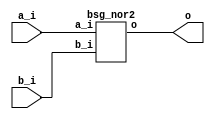


module top
(
  a_i,
  b_i,
  o
);

  input [31:0] a_i;
  input [31:0] b_i;
  output [31:0] o;

  bsg_nor2
  wrapper
  (
    .a_i(a_i),
    .b_i(b_i),
    .o(o)
  );


endmodule



module bsg_nor2
(
  a_i,
  b_i,
  o
);

  input [31:0] a_i;
  input [31:0] b_i;
  output [31:0] o;
  wire [31:0] o;
  wire N0,N1,N2,N3,N4,N5,N6,N7,N8,N9,N10,N11,N12,N13,N14,N15,N16,N17,N18,N19,N20,N21,
  N22,N23,N24,N25,N26,N27,N28,N29,N30,N31;
  assign o[31] = ~N0;
  assign N0 = a_i[31] | b_i[31];
  assign o[30] = ~N1;
  assign N1 = a_i[30] | b_i[30];
  assign o[29] = ~N2;
  assign N2 = a_i[29] | b_i[29];
  assign o[28] = ~N3;
  assign N3 = a_i[28] | b_i[28];
  assign o[27] = ~N4;
  assign N4 = a_i[27] | b_i[27];
  assign o[26] = ~N5;
  assign N5 = a_i[26] | b_i[26];
  assign o[25] = ~N6;
  assign N6 = a_i[25] | b_i[25];
  assign o[24] = ~N7;
  assign N7 = a_i[24] | b_i[24];
  assign o[23] = ~N8;
  assign N8 = a_i[23] | b_i[23];
  assign o[22] = ~N9;
  assign N9 = a_i[22] | b_i[22];
  assign o[21] = ~N10;
  assign N10 = a_i[21] | b_i[21];
  assign o[20] = ~N11;
  assign N11 = a_i[20] | b_i[20];
  assign o[19] = ~N12;
  assign N12 = a_i[19] | b_i[19];
  assign o[18] = ~N13;
  assign N13 = a_i[18] | b_i[18];
  assign o[17] = ~N14;
  assign N14 = a_i[17] | b_i[17];
  assign o[16] = ~N15;
  assign N15 = a_i[16] | b_i[16];
  assign o[15] = ~N16;
  assign N16 = a_i[15] | b_i[15];
  assign o[14] = ~N17;
  assign N17 = a_i[14] | b_i[14];
  assign o[13] = ~N18;
  assign N18 = a_i[13] | b_i[13];
  assign o[12] = ~N19;
  assign N19 = a_i[12] | b_i[12];
  assign o[11] = ~N20;
  assign N20 = a_i[11] | b_i[11];
  assign o[10] = ~N21;
  assign N21 = a_i[10] | b_i[10];
  assign o[9] = ~N22;
  assign N22 = a_i[9] | b_i[9];
  assign o[8] = ~N23;
  assign N23 = a_i[8] | b_i[8];
  assign o[7] = ~N24;
  assign N24 = a_i[7] | b_i[7];
  assign o[6] = ~N25;
  assign N25 = a_i[6] | b_i[6];
  assign o[5] = ~N26;
  assign N26 = a_i[5] | b_i[5];
  assign o[4] = ~N27;
  assign N27 = a_i[4] | b_i[4];
  assign o[3] = ~N28;
  assign N28 = a_i[3] | b_i[3];
  assign o[2] = ~N29;
  assign N29 = a_i[2] | b_i[2];
  assign o[1] = ~N30;
  assign N30 = a_i[1] | b_i[1];
  assign o[0] = ~N31;
  assign N31 = a_i[0] | b_i[0];

endmodule